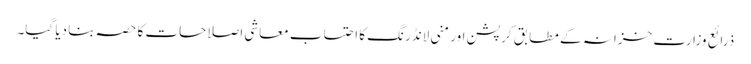
ذرائع وزارت خزانہ کے مطابق کرپشن اور منی لانڈرنگ کا احتساب معاشی اصلاحات کا حصہ بنا دیا گیا۔